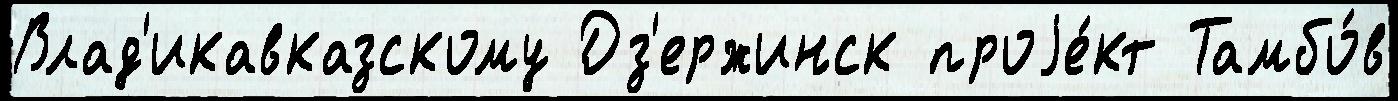
Влад'икавказскому Дз'ержинск проjе́кт Тамбо́в